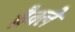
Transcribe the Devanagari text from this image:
ब्रैक्ले